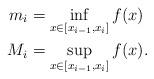
LaTeX: \begin{align*} m_i&=\inf_{x\in[x_{i-1},x_{i}]} f(x)\\ M_i&=\sup_{x\in[x_{i-1},x_{i}]}f(x). \end{align*}